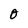
Character: O